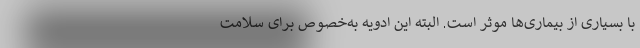
با بسیاری از بیماری‌ها موثر است. البته این ادویه به‌خصوص برای سلامت